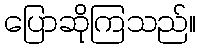
ပြောဆိုကြသည်။